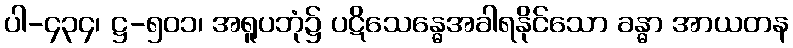
ပါ-၄၃၄၊ ဋ္ဌ-၅၀၁၊ အရူပဘုံ၌ ပဋိသေန္ဓေအခါရနိုင်သော ခန္ဓာ အာယတန